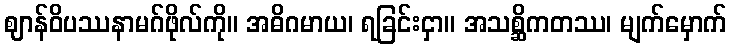
ဈာန်ဝိပဿနာမဂ်ဖိုလ်ကို။ အဓိဂမာယ၊ ရခြင်းငှာ။ အသစ္ဆိကတဿ၊ မျက်မှောက်